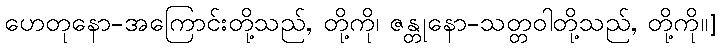
ဟေတုနော-အကြောင်းတို့သည်, တို့ကို၊ ဇန္တုနော-သတ္တဝါတို့သည်, တို့ကို။]